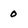
Character: 0